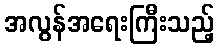
အလွန်အရေးကြီးသည့်